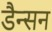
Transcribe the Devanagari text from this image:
डैन्सन